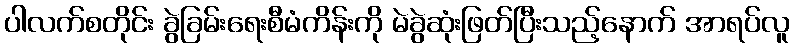
ပါလက်စတိုင်း ခွဲခြမ်းရေးစီမံကိန်းကို မဲခွဲဆုံးဖြတ်ပြီးသည့်နောက် အာရပ်လူ